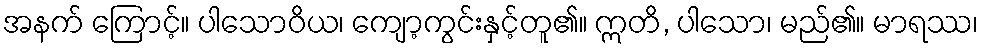
အနက် ကြောင့်။ ပါသောဝိယ၊ ကျော့ကွင်းနှင့်တူ၏။ ဣတိ, ပါသော၊ မည်၏။ မာရဿ၊